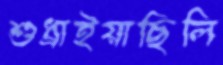
শুধ্‌রাইয়াছিলি